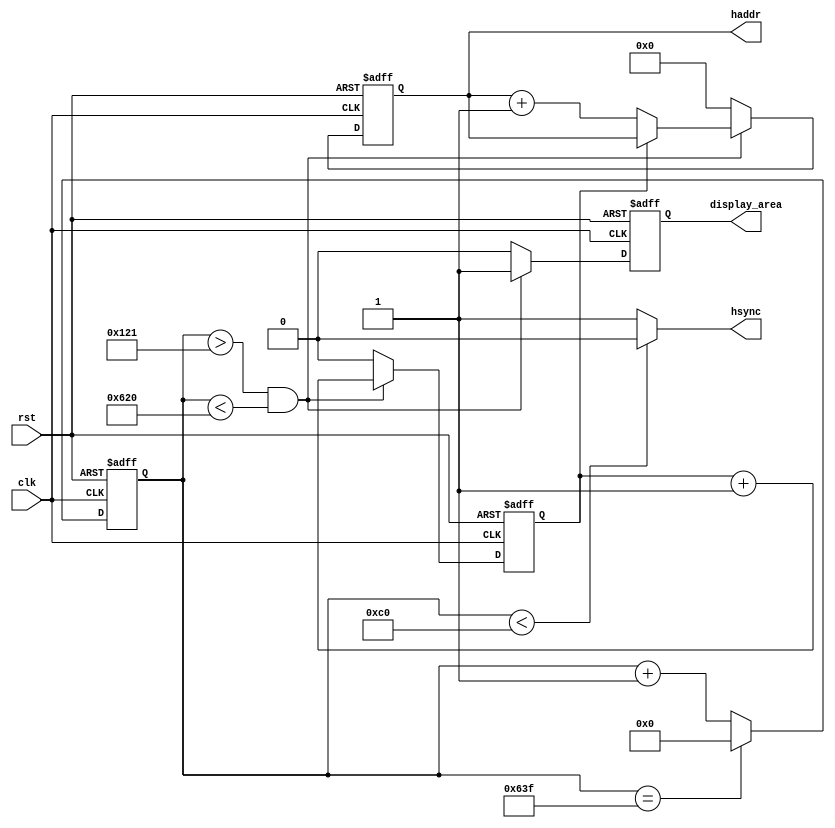
module horizontal(clk,rst,haddr,hsync,display_area);

input clk,rst;
output reg [9:0] haddr; //mapped address
reg divide_counter; //1/5 divider
reg [10:0] counter;
output reg display_area;

output hsync;

always@(posedge clk or posedge rst)
begin
	if(rst)
	begin
		counter = 11'b0;
	end
	else 
	begin
		if(counter == 11'b110_0011_1111)//1599
		begin
			counter = 11'b00;
		end
		else
		begin
			counter = counter + 1'b1;
		end
	end
end

assign hsync = (counter < 11'b000_1100_0000)? 0 : 1;//192

always@(posedge clk or posedge rst)
begin
	if(rst)
	begin
		divide_counter <= 0;
		haddr <= 7'b0;
		display_area <= 0;
	end
	else
	begin
		if((counter > 11'd289) && (counter < 11'd1568))//rgb up
		begin
		      display_area <= 1'b1;
		    divide_counter <= divide_counter + 1'b1;
		    if(divide_counter == 0)begin
			     haddr <= haddr + 1'b1;
			end
		end 
		else 
		begin
			haddr = 7'b0;
			divide_counter <= 0;
            display_area <= 0;

		end
	end
end

endmodule